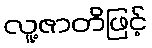
လူ့ဇာတိဖြင့်